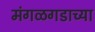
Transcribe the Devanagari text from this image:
मंगळगडाच्या